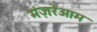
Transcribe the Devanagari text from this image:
मंज़रेआम